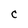
Character: C